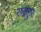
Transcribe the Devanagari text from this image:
सदहुर